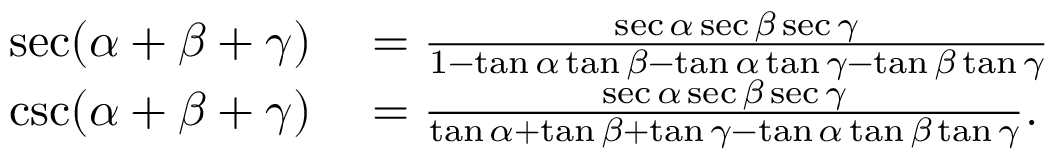
\begin{array} { r l } { \sec ( \alpha + \beta + \gamma ) } & { { } = { \frac { \sec \alpha \sec \beta \sec \gamma } { 1 - \tan \alpha \tan \beta - \tan \alpha \tan \gamma - \tan \beta \tan \gamma } } } \\ { \csc ( \alpha + \beta + \gamma ) } & { { } = { \frac { \sec \alpha \sec \beta \sec \gamma } { \tan \alpha + \tan \beta + \tan \gamma - \tan \alpha \tan \beta \tan \gamma } } . } \end{array}